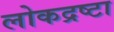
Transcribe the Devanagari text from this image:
लोकद्रष्टा